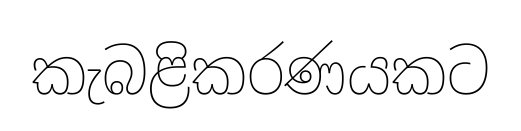
කැබළිකරණයකට